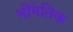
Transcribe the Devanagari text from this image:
भौमेतिक